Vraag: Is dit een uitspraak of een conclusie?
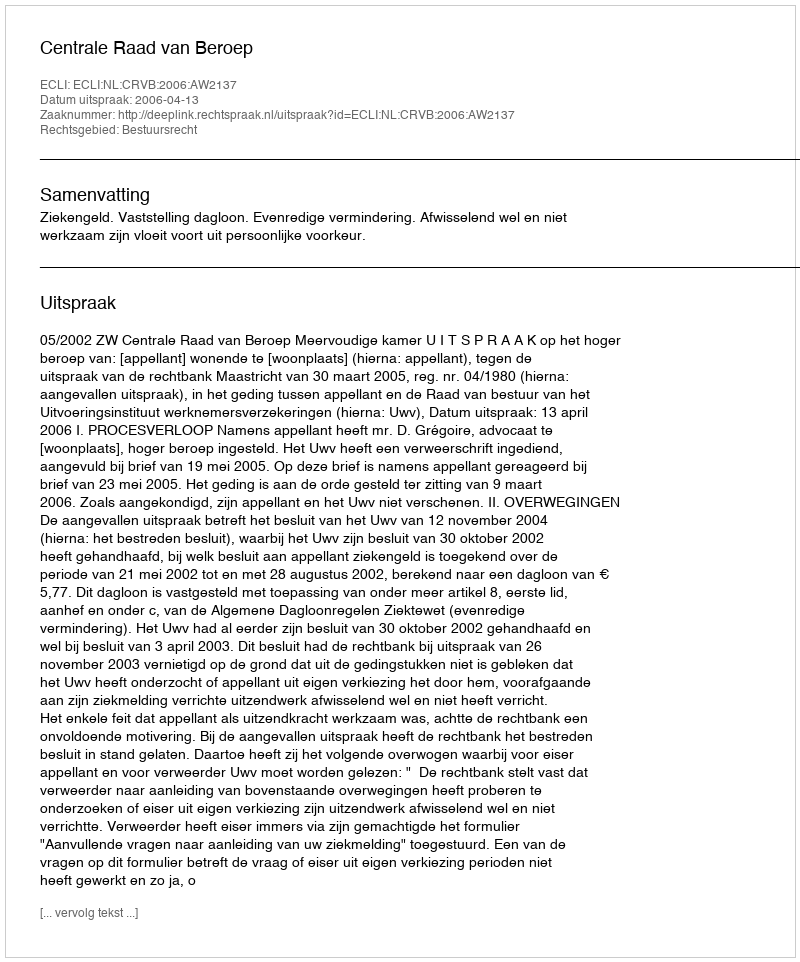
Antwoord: Uitspraak